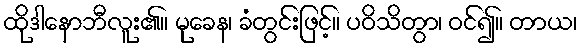
ထိုဒါနောဘီလူး၏။ မုခေန၊ ခံတွင်းဖြင့်။ ပဝိသိတွာ၊ ဝင်၍။ တာယ၊